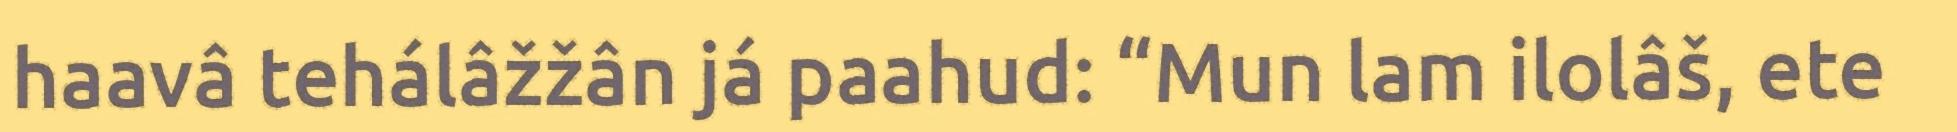
haavâ tehálâžžân já paahud: “Mun lam ilolâš, ete